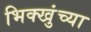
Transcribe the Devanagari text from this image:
भिक्खुंच्या